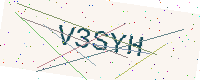
Text: V3SYH